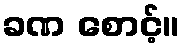
ခဏ စောင့်။